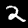
Label: 2